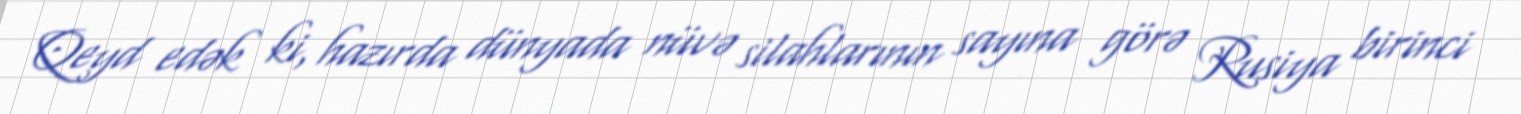
Qeyd edək ki, hazırda dünyada nüvə silahlarının sayına görə Rusiya birinci